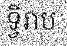
ទ្វិរាប